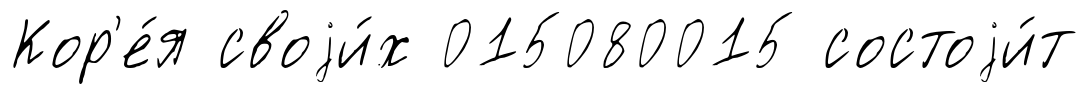
Кор'е́я своjи́х 015080015 состоjи́т